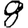
Digit: 8